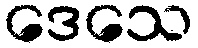
ဒေသေ